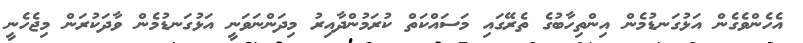
އެހެންވެގެން އަޅުގަނޑުމެން އިންތިހާބުގެ ތެރޭގައި މަސައްކަތް ކުރަމުންދާއިރު މިދަންނަވަނީ އަޅުގަނޑުމެން ވާދަކުރަން މިޖެހެނީ